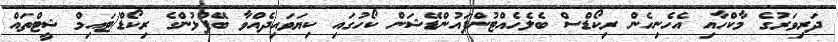
ދަރިވަރުގެ މާކްހާއި އެހެނިހެން ރިކޯޑްސް ބެލެހެއްޓުންފައުންޑޭޝަން ކޯހުގައި ކިޔަވައިދެއްވާ ބޭފުޅުންގެ ރިކޯޑް/ޓައިމް ޝީޓްތައް